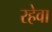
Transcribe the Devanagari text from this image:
रहेवा